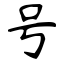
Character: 号